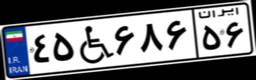
۱۶W۵۴۰۹۷